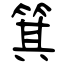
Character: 箕